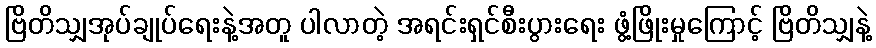
ဗြိတိသျှအုပ်ချုပ်ရေးနဲ့အတူ ပါလာတဲ့ အရင်းရှင်စီးပွားရေး ဖွံ့ဖြိုးမှုကြောင့် ဗြိတိသျှနဲ့